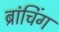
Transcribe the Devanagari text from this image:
ब्रांचिंग